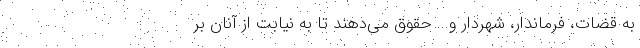
به قضات، فرماندار، شهردار و... حقوق می‌دهند تا به نیابت از آنان بر